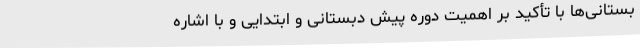
بستانی‌ها با تأکید بر اهمیت دوره پیش دبستانی و ابتدایی و با اشاره